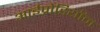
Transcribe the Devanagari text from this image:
आईप्रोडियॉन